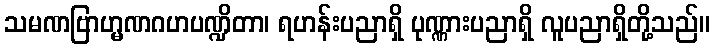
သမဏဗြာဟ္မဏဂဟပဏ္ဍိတာ၊ ရဟန်းပညာရှိ ပုဏ္ဏားပညာရှိ လူပညာရှိတို့သည်။